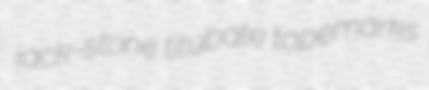
jack-stone titubate tapemarks